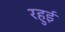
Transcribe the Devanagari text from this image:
रहुई